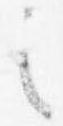
之